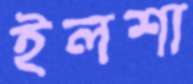
ইলশা